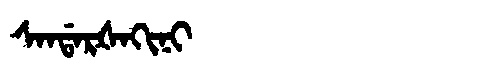
Manchu: ᠰᠠᠨᡩᠠᡵᡧᠠᡴᡳᠨᡳ
Romanization: SANDARŠAKINI